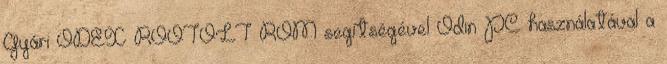
Gyári ODEX ROOTOLT ROM segítségével Odin PC használatával a